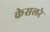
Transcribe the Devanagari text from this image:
केसलरे